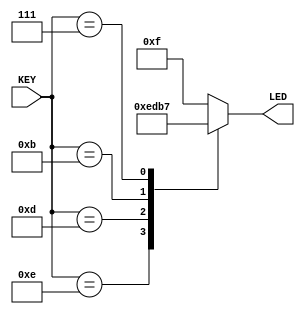
/*
** key_led.v
**
**
*/


module key_led( input wire [3:0] KEY, output wire [3:0] LED );
		// Declarar variaveis
		reg [3:0]led_r;
		reg [3:0]buffer;
		
		// Acender os LEDs de acordo com o valor de 'led_r'
		assign LED = led_r;
		
		// Bloco always executado a cada mudanca nos valores de KEY
		always @ ( KEY )
		begin
			// Valor da variavel 'buffer'
			buffer = KEY;
			
			// Estrutura case:
			case( buffer )
				4'b1110: led_r=4'b1110; //Se tecla 0 pressionada, acende LED 0.
				4'b1101: led_r=4'b1101; //Se tecla 1 pressionada, acende LED 1.
				4'b1011: led_r=4'b1011; //Se tecla 2 pressionada, acende LED 2.
				4'b0111: led_r=4'b0111; //Se tecla 3 pressionada, acende LED 3.
				default: led_r=4'b1111; //Caso padrao: os 4 LEDs desligados
			endcase
		end
endmodule